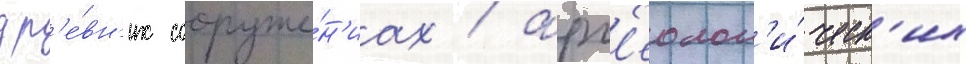
др'е́вн'их сооруже́н'иах / арх'еолог'и́ческ'их